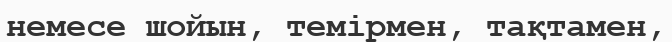
немесе шойын, темірмен, тақтамен,